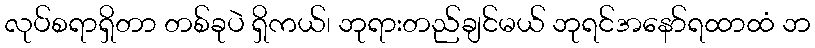
လုပ်စရာရှိတာ တစ်ခုပဲ ရှိကယ်၊ ဘုရားတည်ချင်မယ် ဘုရင်အနော်ရထာထံ ဘ